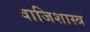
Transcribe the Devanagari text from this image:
वाजिशास्त्र